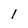
Character: I